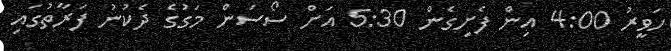
ހަވީރު 4:00 އިން ފެށިގެން 5:30 އަށް ސޯސަން މަގުގެ ދެކުނު ފަރާތުގައި